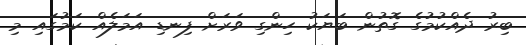
ބިރު ދެއްކުމުގެ ގޮތުން ބަޔަކު ހިންގި ވަރަށް ފިނޑި އަމަލެއް ކަމުގައި މި